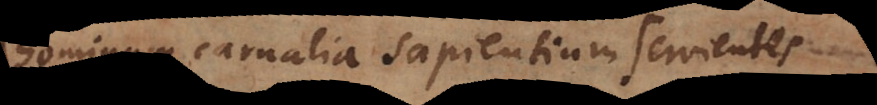
hominum carnalia sapientium servientes